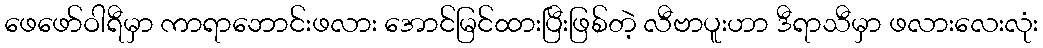
ဖေဖော်ဝါရီမှာ ကာရာဘောင်းဖလား အောင်မြင်ထားပြီးဖြစ်တဲ့ လီဗာပူးဟာ ဒီရာသီမှာ ဖလားလေးလုံး